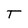
Character: T